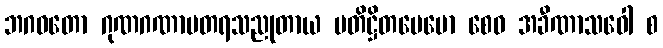
ဘဂဝတော ဂုဏဂဏာမတရသညုတာယ ပတိဋ္ဌိတပေမော စေဝ အခီဏာသဝေါ စ